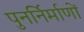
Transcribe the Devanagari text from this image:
पुनर्निर्माणों